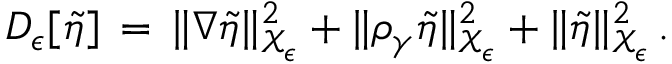
D _ { \epsilon } [ \tilde { \eta } ] \, = \, \| \nabla \tilde { \eta } \| _ { \mathcal { X } _ { \epsilon } } ^ { 2 } + \| \rho _ { \gamma } \tilde { \eta } \| _ { \mathcal { X } _ { \epsilon } } ^ { 2 } + \| \tilde { \eta } \| _ { \mathcal { X } _ { \epsilon } } ^ { 2 } \, .